Elephants and their diseases
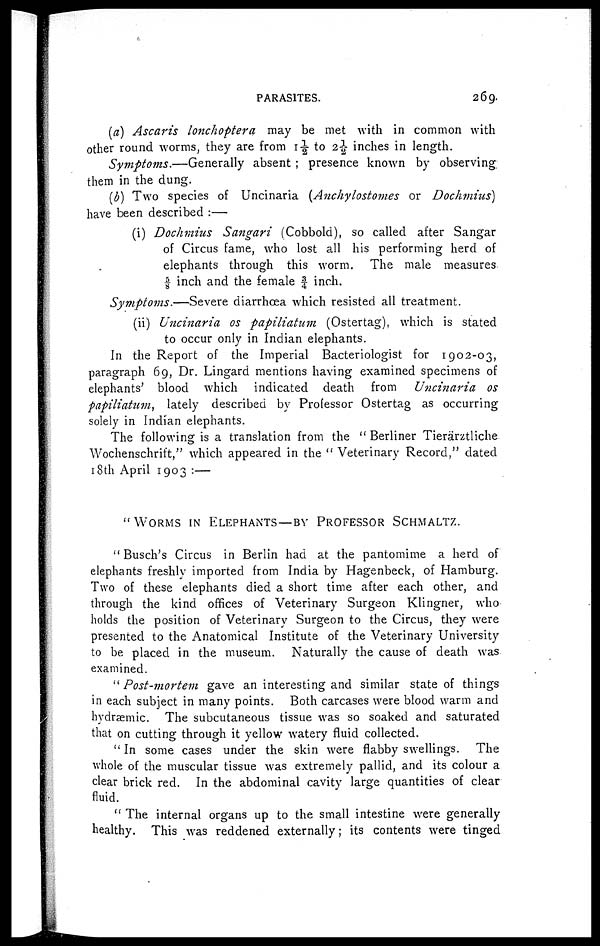
PARASITES.
269
(a) Ascaris lonchoptera may be met with in common with
other round worms, they are from 1½ to 2½ inches in length.
Symptoms.—Generally
absent ; presence known by observing
them in the dung.
(b) Two species of Uncinaria (Anchylostomes or Dochmius)
have been described :—
(i) Dochmius Sangari (Cobbold), so called after Sangar
of Circus fame, who lost all his performing herd of
elephants through this worm. The male measures
⅝ inch and the female ¾ inch.
Symptoms.—Severe diarrhoea which resisted all treatment.
(ii) Uncinaria os papiliatum
(Ostertag), which is stated
to occur only in Indian elephants.
In the Report of the Imperial Bacteriologist for 1902-03,
paragraph 69, Dr. Lingard mentions having examined specimens of
elephants' blood which indicated death from
Uncinaria os
papiliatum,
lately described by Professor Ostertag as occurring
solely in Indian elephants.
The following is a translation from the " Berliner Tierärztliche
Wochenschrift," which appeared in the " Veterinary Record," dated
18th April 1903 :—
"WORMS
IN
ELEPHANTS—BY
PROFESSOR
SCHMALTZ.
" Busch's Circus in Berlin had at the pantomime a herd of
elephants freshly imported from India by Hagenbeck, of Hamburg.
Two of these elephants died a short time after each other, and
through the kind offices of Veterinary Surgeon Klingner, who
holds the position of Veterinary Surgeon to the Circus, they were
presented to the Anatomical Institute of the Veterinary University
to be placed in the museum. Naturally the cause of death was
examined.
"Post-mortem
gave an interesting and similar state of things
in each subject in many points. Both carcases were blood warm and
hydræmic. The subcutaneous tissue was so soaked and saturated
that on cutting through it yellow watery fluid collected.
" In some cases under the skin were flabby swellings. The
whole of the muscular tissue was extremely pallid, and its colour a
clear brick red. In the abdominal cavity large quantities of clear
fluid.
" The internal organs up to the small intestine were generally
healthy. This was reddened externally; its contents were tinged